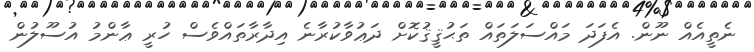
ނެތީއެއް ނޫން. އެފަދަ މައްސަލަތައް ތަޙުޤީޤުކޮށް ދަޢުވާކުރާނެ އިދާރާތައްވެސް ހުރީ ޢާންމު އުސޫލުން